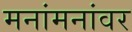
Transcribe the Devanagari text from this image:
मनांमनांवर